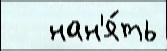
   нан'я́ть